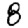
Digit: 8